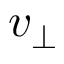
v _ { \perp }